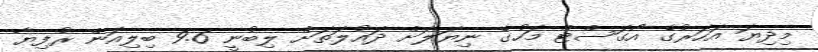
މިދިޔަ އަހަރުގެ އޯގަސްޓް މަހުގެ ނިޔަލަށް ދައުލަތަށް ލިބުނީ 9.6 ބިލިއަން ރުފިޔާ